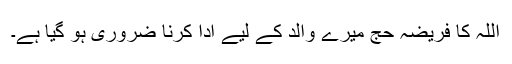
اللہ کا فریضہ حج میرے والد کے لیے ادا کرنا ضروری ہو گیا ہے۔